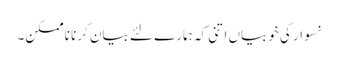
نسوار کی خوبیاں اتنی کہ ہمارے لئے بیان کرنا ناممکن۔